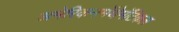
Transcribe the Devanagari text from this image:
अमेरिकनमॅथेमॅटिकल